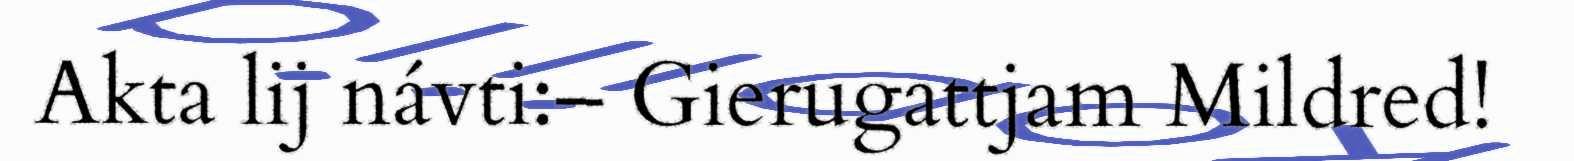
Akta lij návti:– Gierugattjam Mildred!